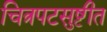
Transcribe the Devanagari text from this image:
चित्रपटसुष्टीत